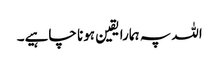
اللہ پہ ہمارا یقین ہونا چاہیے۔